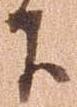
下